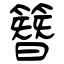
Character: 簪